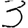
Digit: 3